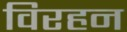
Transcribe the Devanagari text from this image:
विरहन